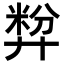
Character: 𪪷